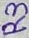
Text: R3